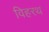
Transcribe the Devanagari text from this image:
विहरथ